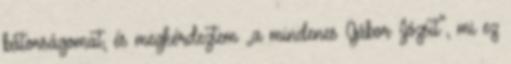
bátorságomat, és meg­kérdeztem „a mindenes Gábor Jó­zsit”, mi ez